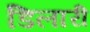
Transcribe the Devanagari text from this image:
डिलारी